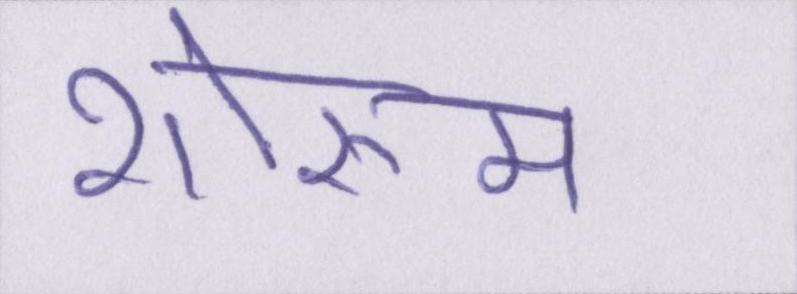
शोरूम